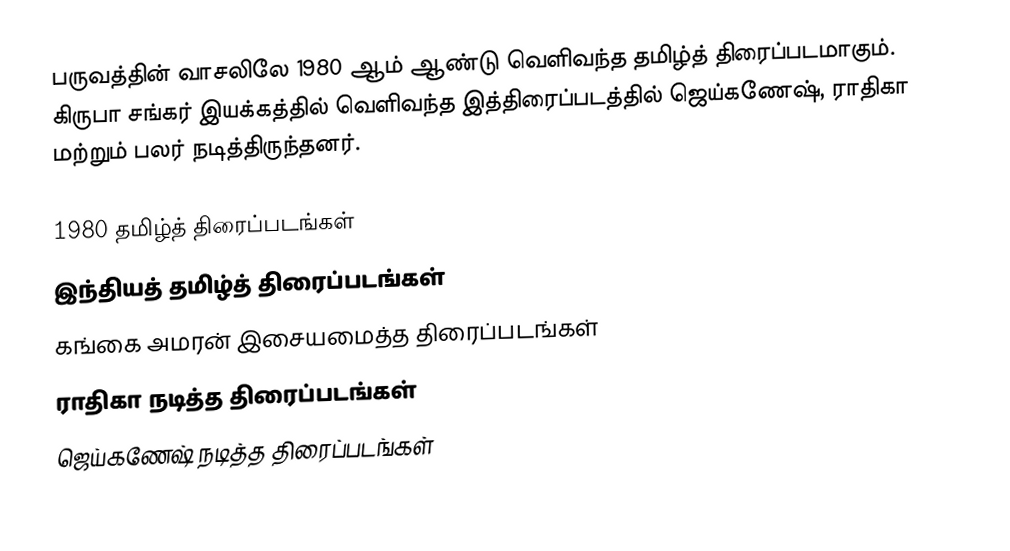
பருவத்தின் வாசலிலே 1980 ஆம் ஆண்டு வெளிவந்த தமிழ்த் திரைப்படமாகும். கிருபா சங்கர் இயக்கத்தில் வெளிவந்த இத்திரைப்படத்தில் ஜெய்கணேஷ், ராதிகா மற்றும் பலர் நடித்திருந்தனர்.

1980 தமிழ்த் திரைப்படங்கள்
இந்தியத் தமிழ்த் திரைப்படங்கள்
கங்கை அமரன் இசையமைத்த திரைப்படங்கள்
ராதிகா நடித்த திரைப்படங்கள்
ஜெய்கணேஷ் நடித்த திரைப்படங்கள்